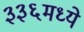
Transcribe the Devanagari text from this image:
३३६मध्ये